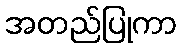
အတည်ပြုကာ